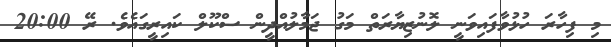
މި ފިހާރަ ހުޅުވާފައިވަނީ ލޮނުޒިޔާރަތް މަގު ޖަމާލުއްދީން ސްކޫލް ކައިރީގައެވެ. ރޭ 20:00